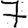
Digit: 7